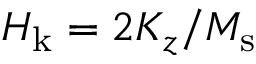
H _ { \mathrm { k } } = 2 K _ { z } / M _ { \mathrm { s } }